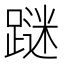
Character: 𲄀